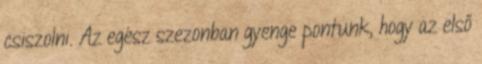
csiszolni. Az egész szezonban gyenge pontunk, hogy az első